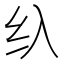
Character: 𱺐